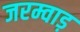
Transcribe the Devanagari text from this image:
जरम्वाड़